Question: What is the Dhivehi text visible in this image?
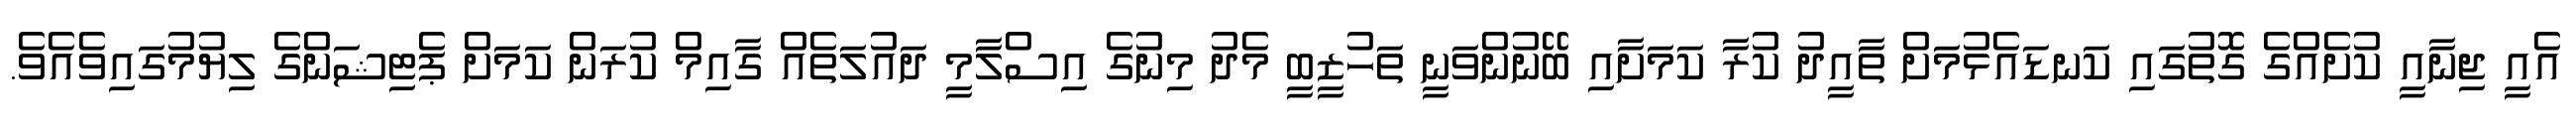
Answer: އެއީ ޖިނާއީ ކުށެއްގެ ގޮތުގައި ކަނޑައެޅުމަށް ތާއީދު ކުރާ ކަމަށާއި ބޭނުންވަނީ ތަހުޒީބީ މެދު މިނުގެ އިސްލާމީ ދައުލަތެއް ގާއިމް ކުރަން ކަމަށް ޕެޓިޝަންގެ ލިޔުމުގައިވެއެވެ.